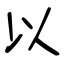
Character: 以